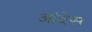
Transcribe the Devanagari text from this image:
आंदेस